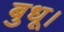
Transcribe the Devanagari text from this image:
बुधू।